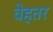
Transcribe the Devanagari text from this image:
वेहतर